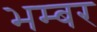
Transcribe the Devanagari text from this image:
भम्बर